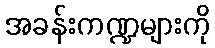
အခန်းကဏ္ဍများကို